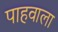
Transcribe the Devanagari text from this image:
पाहवाला